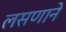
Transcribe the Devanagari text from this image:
लसणाने